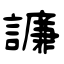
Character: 譧